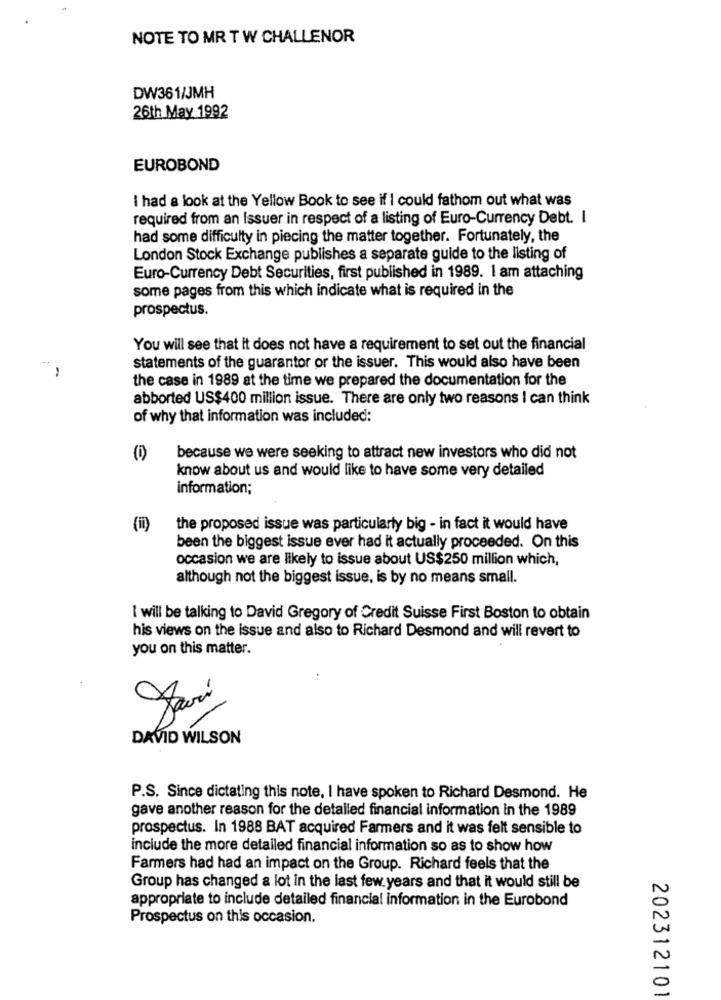
NOTE TO MR T W CHALLENOR
DW361/JMH
26th May 1992
EUROBOND
I had a look at the Yellow Book to see if I could fathom out what was
required from an Issuer in respect of a listing of Euro-Currency Debt. I
had some difficulty in piecing the matter together. Fortunately, the
London Stock Exchange publishes a separate guide to the listing of
Euro-Currency Debt Securities, first published in 1989. I am attaching
some pages from this which indicate what is required in the
prospectus.
You will see that it does not have a requirement to set out the financial
..
statements of the guarantor or the issuer. This would also have been
the case in 1989 at the time we prepared the documentation for the
abborted US$400 million issue. There are only two reasons I can think
of why that information was included:
because we were seeking to attract new investors who did not
know about us and would like to have some very detailed
information;
(1)
the proposed issue was particularly big - in fact it would have
been the biggest issue ever had it actually proceeded. On this
occasion we are likely to issue about US$250 million which,
although not the biggest issue, is by no means small.
I will be talking to David Gregory of Credit Suisse First Boston to obtain
his views on the issue and also to Richard Desmond and will revert to
you on this matter.
DAVID WILSON
P.S. Since dictating this note, I have spoken to Richard Desmond. He
gave another reason for the detailed financial information in the 1989
prospectus. In 1988 BAT acquired Farmers and it was felt sensible to
include the more detailed financial information so as to show how
Farmers had had an impact on the Group. Richard feels that the
Group has changed a lot in the last few years and that it would still be
appropriate to include detailed financial information in the Eurobond
Prospectus on this occasion.
202312101